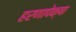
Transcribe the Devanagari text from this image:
हरणापेक्षा